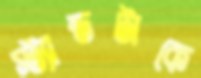
স্ট্যান্ডটাকে